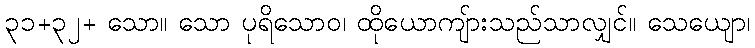
၃၁+၃၂+ သော။ သော ပုရိသောဝ၊ ထိုယောကျ်ားသည်သာလျှင်။ သေယျော၊